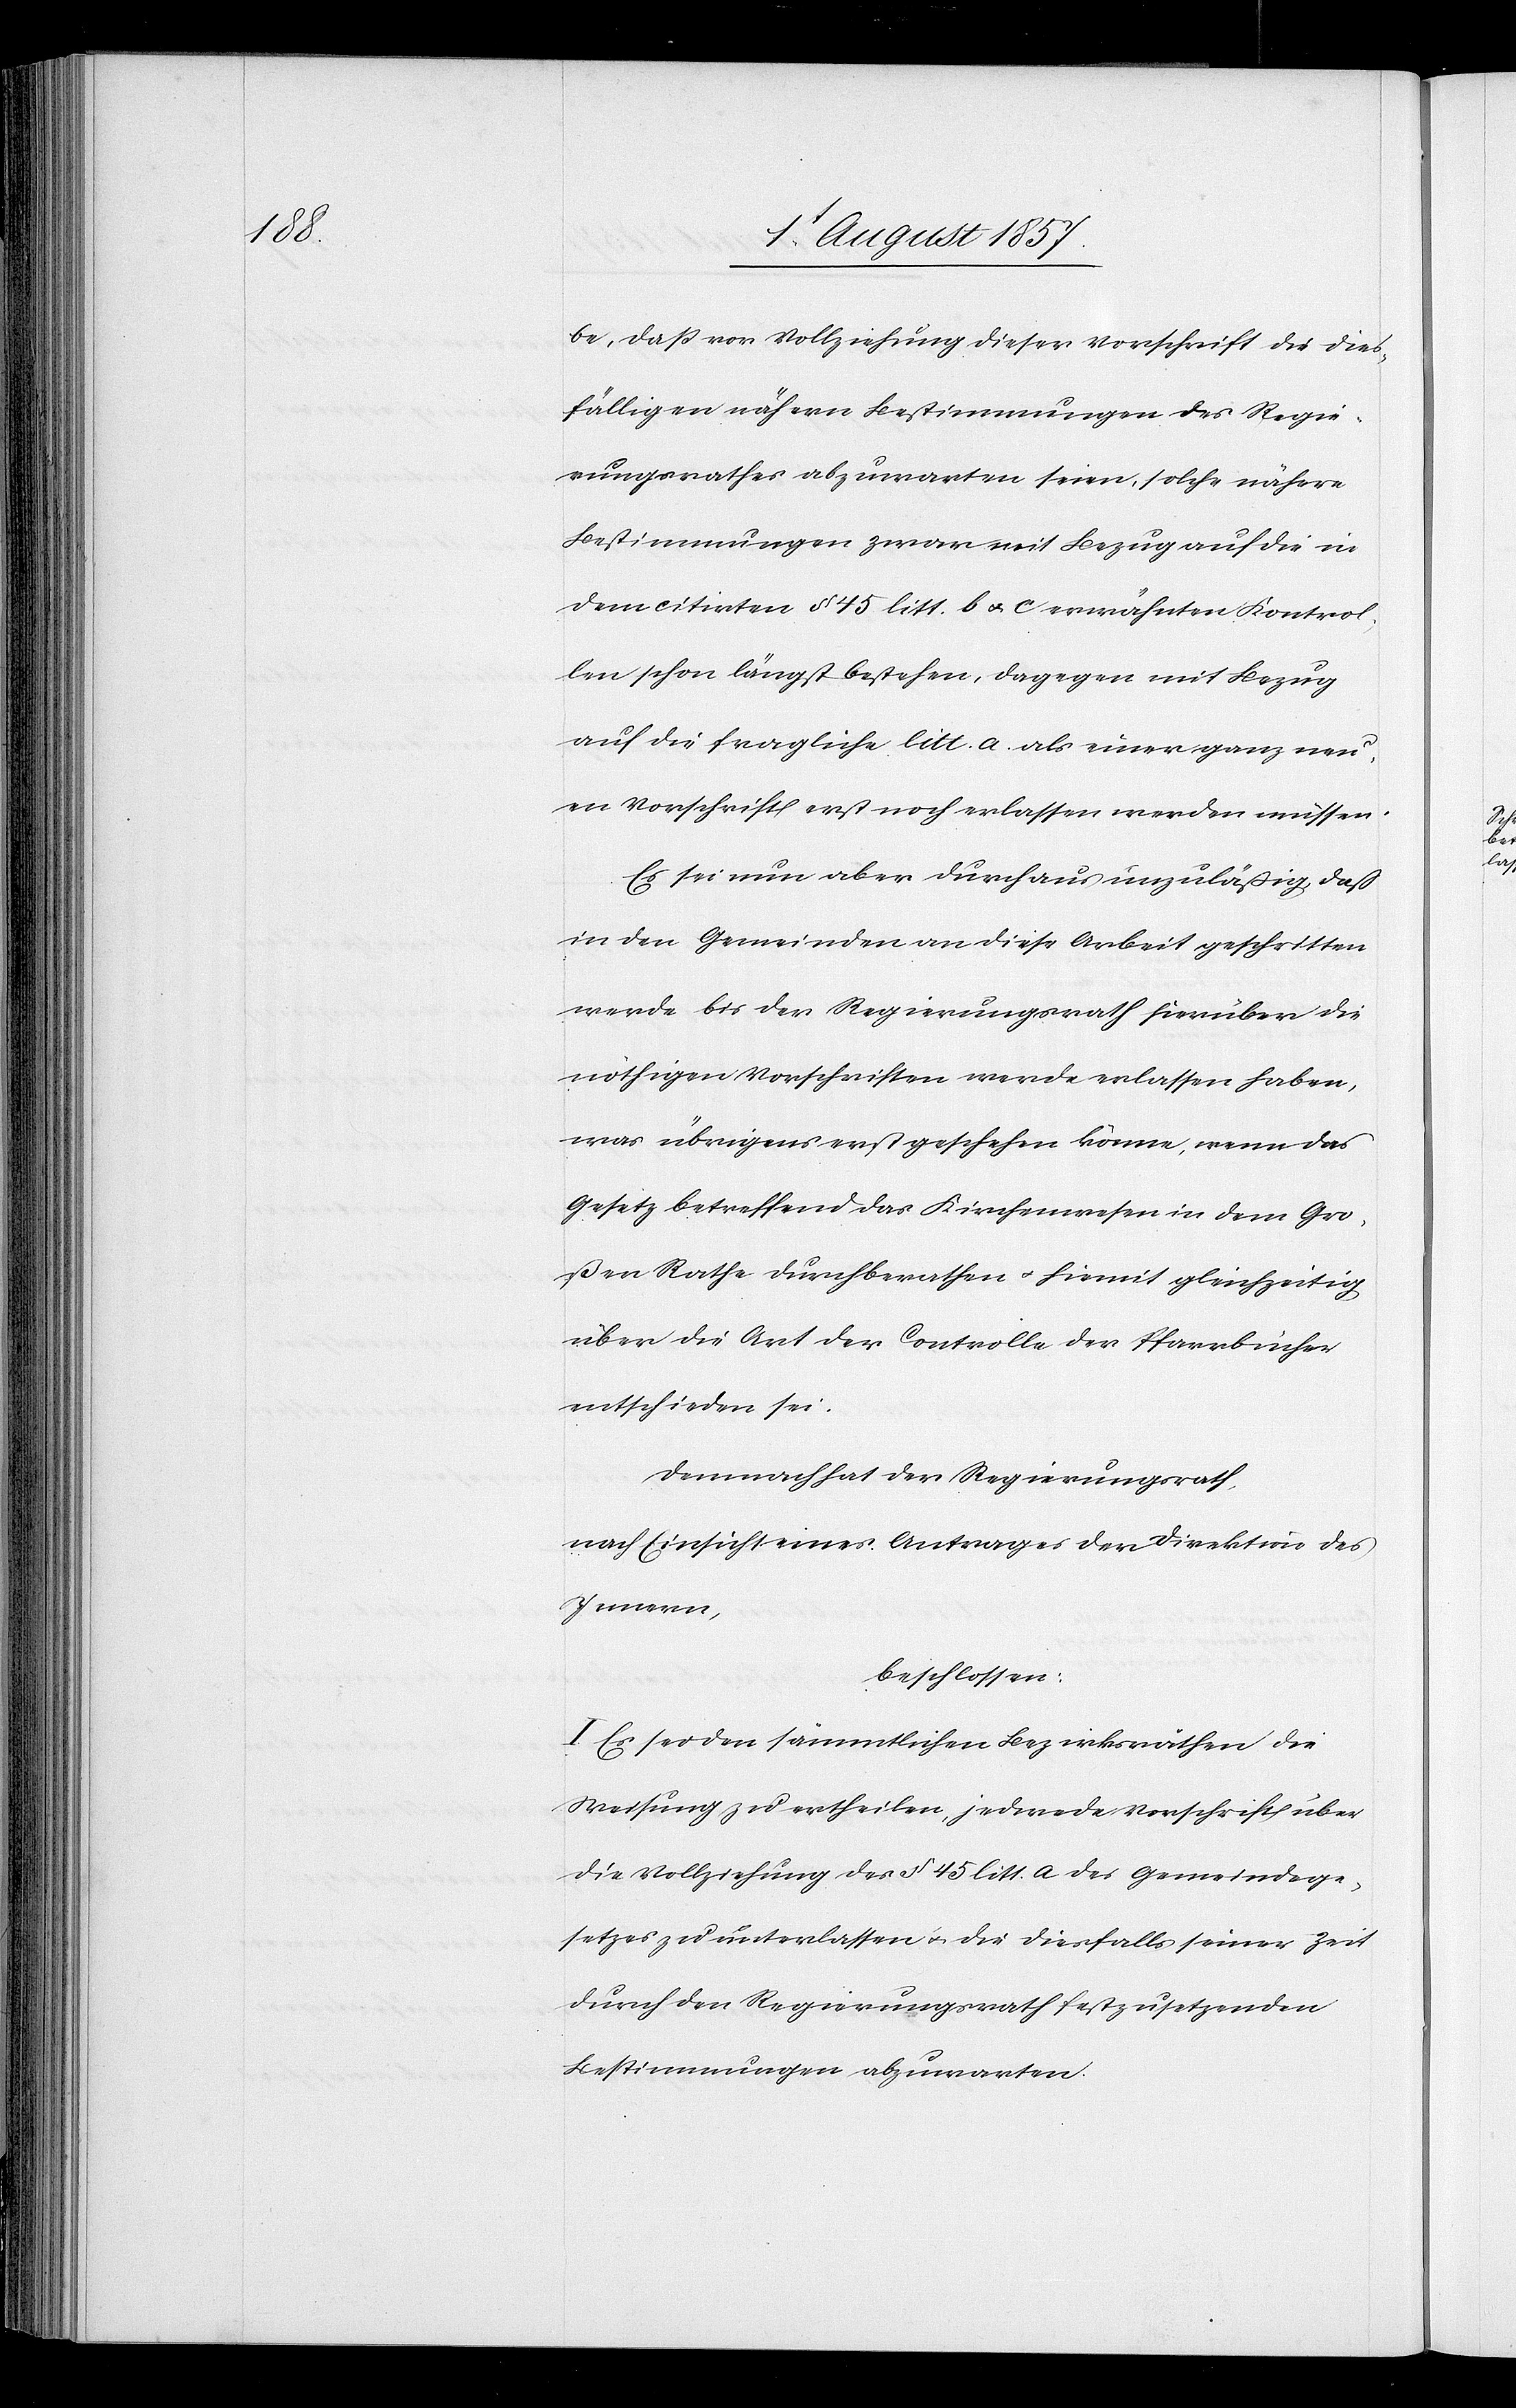
be, daß vor Vollziehung dieser Vorschrift die dies¬
fälligen nähern Bestimmungen des Regie¬
rungsrathes abzuwarten seien, solche nähere
Bestimmungen zwar mit Bezug auf die in
dem citirten § 45 litt. b & c erwähnten Kontrol¬
len schon längst bestehen, dagegen mit Bezug
auf die fragliche litt. a als einer ganz neu¬
en Vorschrift erst noch erlassen werden müssen.
Es sei nun aber durchaus unzuläßig, daß
in den Gemeinden an diese Arbeit geschritten
werde bis der Regierungsrath hierüber die
nöthigen Vorschriften werde erlassen haben,
was übrigens erst geschehen könne, wenn das
Gesetz betreffend das Kirchenwesen in dem Gro¬
ßen Rathe durchberathen & hiemit gleichzeitig
über die Art der Controlle der Pfarrkirche
entschieden sei.
Demnach hat der Regierungsrath,
nach Einsicht eines Antrages der Direktion des
Innern,
beschlossen:
I. Es sei den sämmtlichen Bezirksräthen die
Weisung zu ertheilen, jedwede Vorschrift über
die Vollziehung des § 45 litt. a des Gemeindege¬
setzes zu unterlassen & die diesfalls seiner Zeit
durch den Regierungsrath festzusetzenden
Bestimmungen abzuwarten.